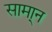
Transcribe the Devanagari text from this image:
सामा्न